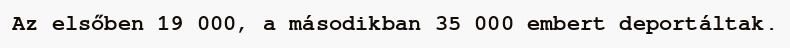
Az elsőben 19 000, a másodikban 35 000 embert deportáltak.